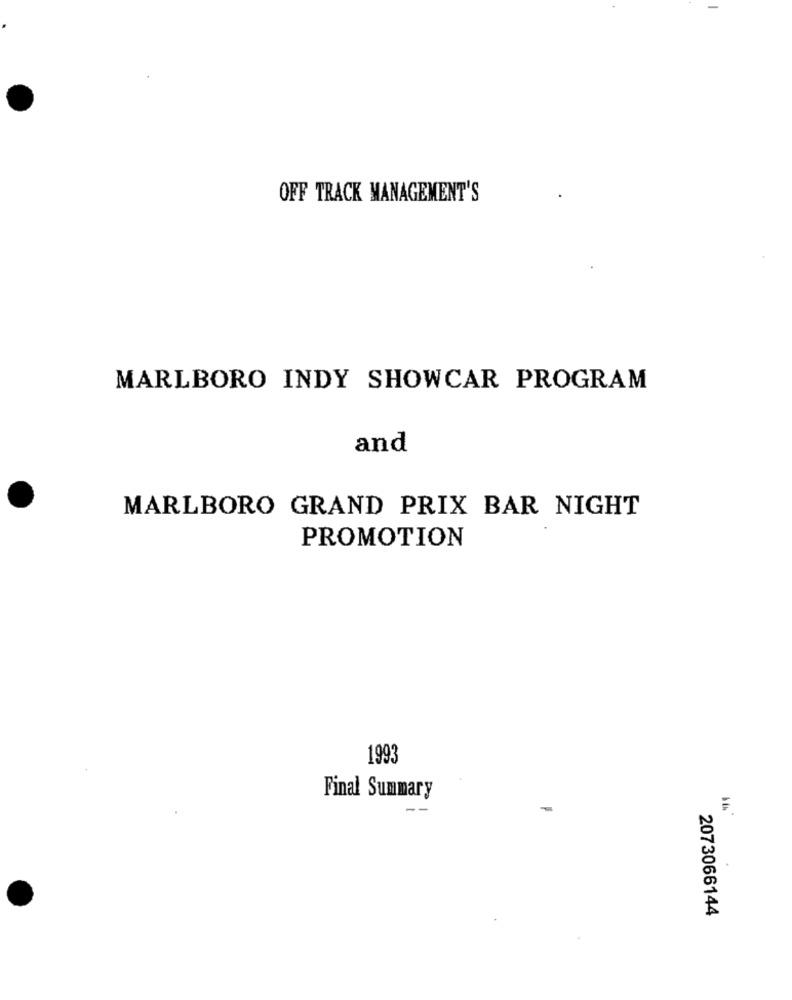
OFF TRACK MANAGEMENT'S
MARLBORO INDY SHOWCAR PROGRAM
and
MARLBORO GRAND PRIX BAR NIGHT
PROMOTION
1993
Final Summary
2073066144